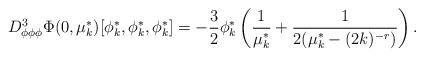
LaTeX: \begin{align*}D_{\phi\phi\phi}^3\Phi(0, \mu^*_{k})[\phi^*_{k},\phi^*_{k},\phi^*_{k}]=-\frac{3}{2}\phi^*_{k} \left( \frac{1}{\mu^*_{k}}+\frac{1}{2(\mu^*_{k}-(2k)^{-r})} \right).\end{align*}